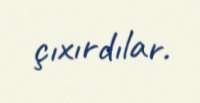
çıxırdılar.